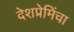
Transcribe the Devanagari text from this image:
देशप्रेमिंचा